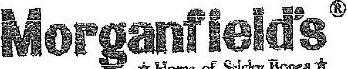
MORGANFIELD'S R